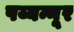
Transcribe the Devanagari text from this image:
पय्यन्नूर